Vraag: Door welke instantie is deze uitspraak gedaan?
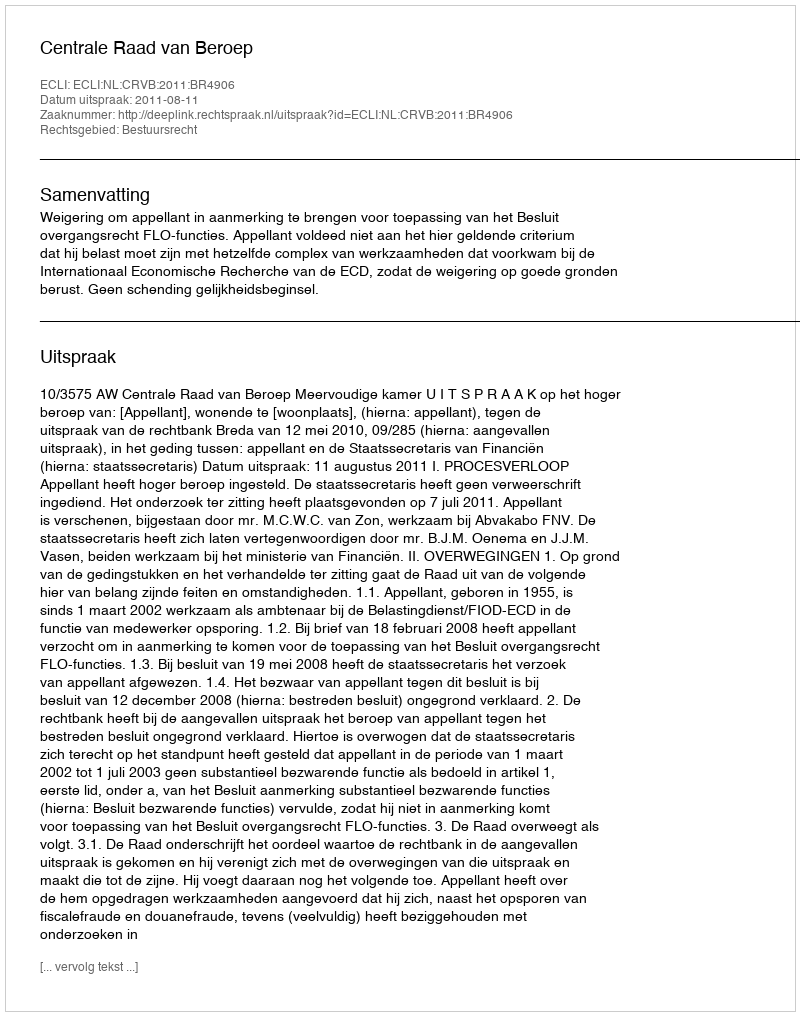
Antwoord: Centrale Raad van Beroep